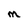
Character: m